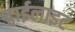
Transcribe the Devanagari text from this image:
ट्वाईलाइट